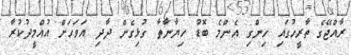
ރާއްޖޭގެ ތާރީހުގައި ހިންގި އެންމެ ބޮޑު ހިޔާނާތާ ގުޅިގެން ދާދި އަވަހަށް އުއްމީދުކުރާ